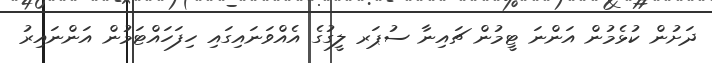
ދަށުން ކުޅެމުން އަންނަ ޓީމުން ޗައިނާ ސުޕަރ ލީގުގެ އެއްވަނައިގައި ހިފަހައްޓަމުން އަންނައިރު